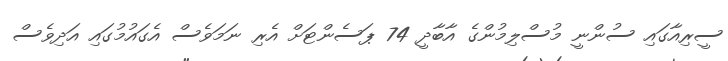
ސީރިއާގައި ސުންނީ މުސްލިމުންގެ އާބާދީ 74 ޕަސެންޓަށް އެރި ނަމަވެސް އެގައުމުގައި އަދިވެސް